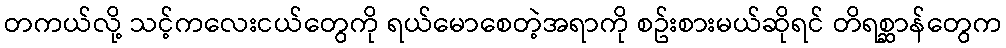
တကယ်လို့ သင့်ကလေးငယ်တွေကို ရယ်မောစေတဲ့အရာကို စဥ်းစားမယ်ဆိုရင် တိရစ္ဆာန်တွေက